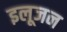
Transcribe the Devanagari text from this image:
इलूजन